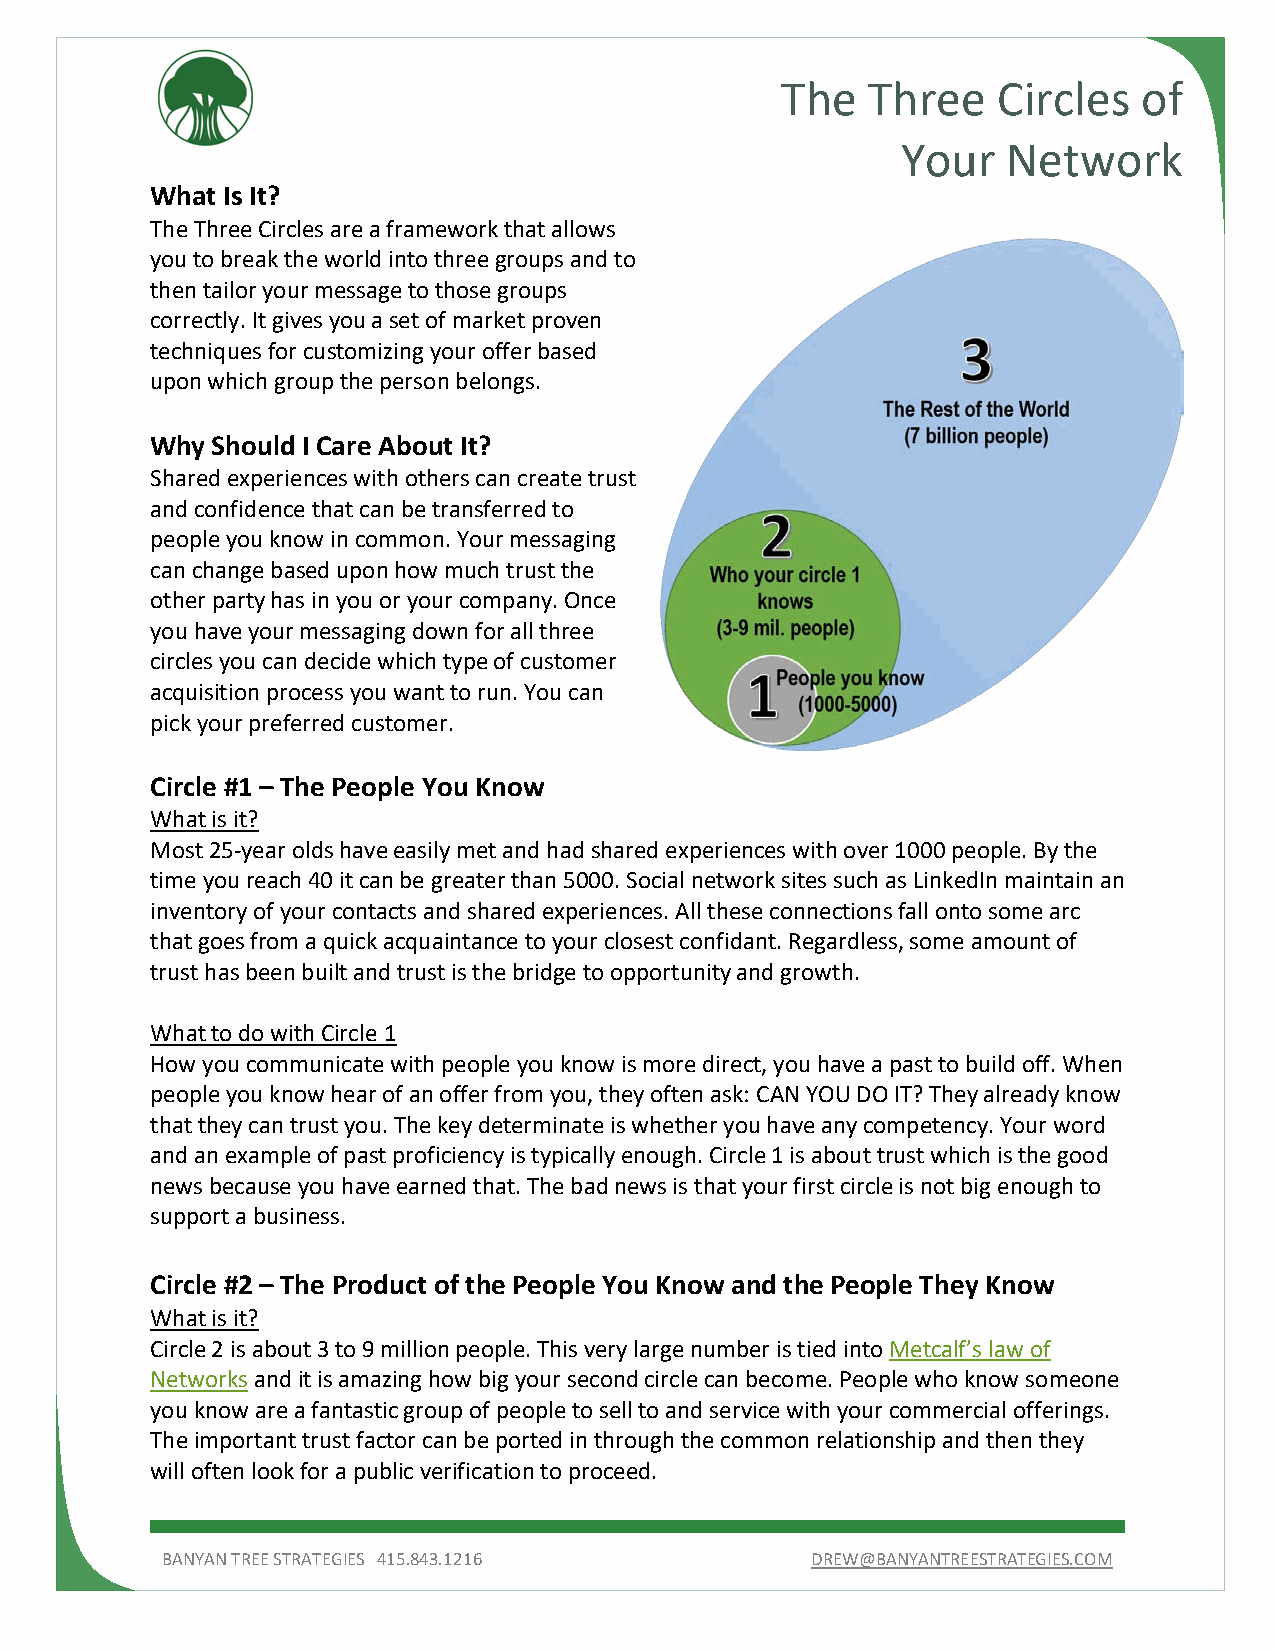
The  Three    Circles   of
 Your   Network
 What Is It?
 The Three Circles are a framework that allows
 you to break the world into three groups and to
 then tailor your message to those groups
 correctly. It gives you a set of market proven
 techniques for customizing your offer based
 upon which group the person belongs.
 Why Should I Care About It?
 Shared experiences with others can create trust
 and confidence that can be transferred to
 people you know in common. Your messaging
 can change based upon how much trust the
 other party has in you or your company. Once
 you have your messaging down for all three
 circles you can decide which type of customer
 acquisition process you want to run. You can
 pick your preferred customer.
 Circle #1 – The People You Know
 What is it?
 Most 25-year olds have easily met and had shared experiences with over 1000 people. By the
 time you reach 40 it can be greater than 5000. Social network sites such as LinkedIn maintain an
 inventory of your contacts and shared experiences. All these connections fall onto some arc
 that goes from a quick acquaintance to your closest confidant. Regardless, some amount of
 trust has been built and trust is the bridge to opportunity and growth.
 What to do with Circle 1
 How you communicate with people you know is more direct, you have a past to build off. When
 people you know hear of an offer from you, they often ask: CAN YOU DO IT? They already know
 that they can trust you. The key determinate is whether you have any competency. Your word
 and an example of past proficiency is typically enough. Circle 1 is about trust which is the good
 news because you have earned that. The bad news is that your first circle is not big enough to
 support a business.
 Circle #2 – The Product of the People You Know and the People They Know
 What is it?
 Circle 2 is about 3 to 9 million people. This very large number is tied into Metcalf’s law of
 Networks and it is amazing how big your second circle can become. People who know someone
 you know are a fantastic group of people to sell to and service with your commercial offerings.
 The important trust factor can be ported in through the common relationship and then they
 will often look for a public verification to proceed.
 BANYAN TREE STRATEGIES 415.843.1216        DREW@BANYANTREESTRATEGIES.COM